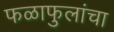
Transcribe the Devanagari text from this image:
फळाफुलांचा